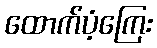
ထောက်ပံ့ကြေး